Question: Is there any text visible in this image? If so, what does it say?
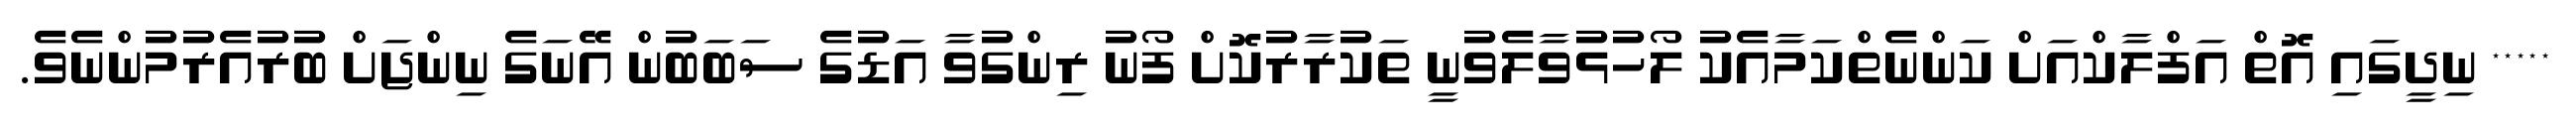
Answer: ***** ނިދީގައި އޮތް އަފްލާކްއަށް ކަންނެތްކަމާއެކު ލޯހުޅުވާލެވުނީ ތަކުރާރުކޮށް ފޯނު ރިންގުވާ އަޑުގެ ސަބަބުން އޭނަގެ ނިންޖަށް ބުރުއެރުމުންނެވެ.